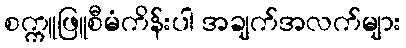
စက္ကူဖြူစီမံကိန်းပါ အချက်အလက်များ